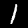
Label: 1